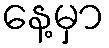
နေ့မှာ